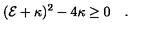
( { \cal E } + \kappa ) ^ { 2 } - 4 \kappa \geq 0 \quad .